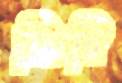
ক্ষিরি